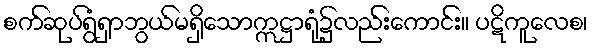
စက်ဆုပ်ရွံရှာဘွယ်မရှိသောဣဋ္ဌာရုံ၌လည်းကောင်း။ ပဋိကူလေစ၊